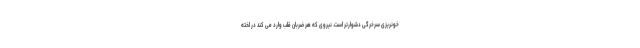
خونریزی سرخرگی دشوارتر است. نیروی که هر ضربان قلب وارد می کند در لخته